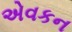
એવકન